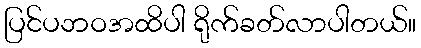
ပြင်ပဘဝအထိပါ ရိုက်ခတ်လာပါတယ်။